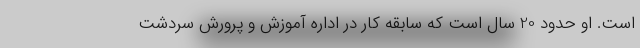
است. او حدود 20 سال است که سابقه کار در اداره آموزش و پرورش سردشت